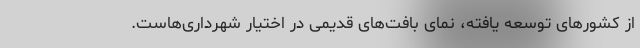
از کشورهای توسعه یافته، نمای بافت‌های قدیمی در اختیار شهرداری‌هاست.